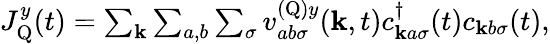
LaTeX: \begin{array}{r}{J_{\textrm{Q}}^{y}(t)=\sum_{\mathbf{k}}\sum_{a,b}\sum_{\sigma}v_{ab\sigma}^{(\textrm{Q})y}(\mathbf{k},t)c_{\mathbf{k}a\sigma}^{\dagger}(t)c_{\mathbf{k}b\sigma}(t),}\end{array}